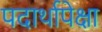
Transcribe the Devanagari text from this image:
पदार्थापेक्षा